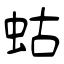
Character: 蛄